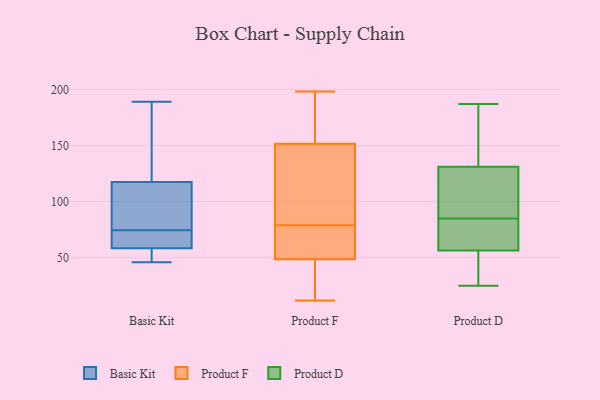
{"axis": {"x": "LTV (USD)", "y": "Value"}, "legend": ["Basic Kit", "Product D", "Product F"], "data": [{"x": "", "y": 66, "type": "Basic Kit"}, {"x": "", "y": 56, "type": "Basic Kit"}, {"x": "", "y": 118, "type": "Basic Kit"}, {"x": "", "y": 61, "type": "Basic Kit"}, {"x": "", "y": 83, "type": "Basic Kit"}, {"x": "", "y": 164, "type": "Basic Kit"}, {"x": "", "y": 98, "type": "Basic Kit"}, {"x": "", "y": 66, "type": "Basic Kit"}, {"x": "", "y": 117, "type": "Basic Kit"}, {"x": "", "y": 189, "type": "Basic Kit"}, {"x": "", "y": 52, "type": "Basic Kit"}, {"x": "", "y": 46, "type": "Basic Kit"}, {"x": "", "y": 160, "type": "Product F"}, {"x": "", "y": 63, "type": "Product F"}, {"x": "", "y": 155, "type": "Product F"}, {"x": "", "y": 141, "type": "Product F"}, {"x": "", "y": 96, "type": "Product F"}, {"x": "", "y": 96, "type": "Product F"}, {"x": "", "y": 65, "type": "Product F"}, {"x": "", "y": 198, "type": "Product F"}, {"x": "", "y": 76, "type": "Product F"}, {"x": "", "y": 12, "type": "Product F"}, {"x": "", "y": 179, "type": "Product F"}, {"x": "", "y": 79, "type": "Product F"}, {"x": "", "y": 40, "type": "Product F"}, {"x": "", "y": 33, "type": "Product F"}, {"x": "", "y": 44, "type": "Product F"}, {"x": "", "y": 155, "type": "Product D"}, {"x": "", "y": 73, "type": "Product D"}, {"x": "", "y": 25, "type": "Product D"}, {"x": "", "y": 122, "type": "Product D"}, {"x": "", "y": 64, "type": "Product D"}, {"x": "", "y": 134, "type": "Product D"}, {"x": "", "y": 85, "type": "Product D"}, {"x": "", "y": 34, "type": "Product D"}, {"x": "", "y": 187, "type": "Product D"}, {"x": "", "y": 120, "type": "Product D"}, {"x": "", "y": 54, "type": "Product D"}]}